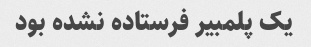
یک پلمبیر فرستاده نشده بود